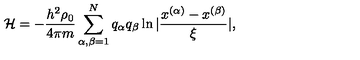
{ \mathcal H } = - \frac { h ^ { 2 } \rho _ { 0 } } { 4 \pi m } \sum _ { \alpha , \beta = 1 } ^ { N } q _ { \alpha } q _ { \beta } \ln | \frac { x ^ { ( \alpha ) } - x ^ { ( \beta ) } } { \xi } | ,